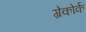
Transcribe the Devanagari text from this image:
ग्रेकोर्क